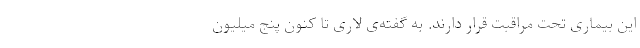
این بیماری تحت مراقبت قرار دارند. به گفته‌ی لاری تا کنون پنج میلیون